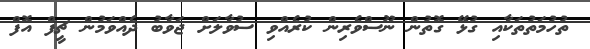
ތުހުމަތުތަކާއި ގުޅޭ ގޮތުން ނޫސްވެރިން ކުރެއްވި ސުވާލަށް ޖަވާބު ދެއްވަމުން ޗީފް އޮފް